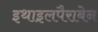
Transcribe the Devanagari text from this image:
इथाइलपैराबेन